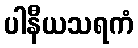
ပါနီယသရကံ